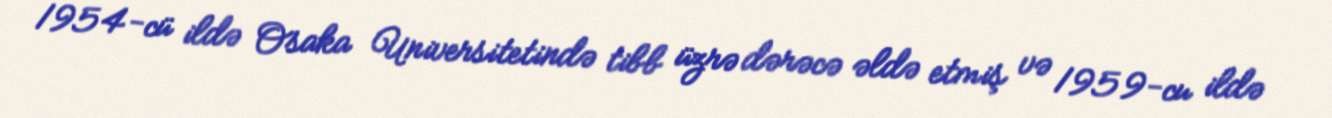
1954-cü ildə Osaka Universitetində tibb üzrə dərəcə əldə etmiş və 1959-cu ildə